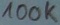
Text: 100K